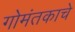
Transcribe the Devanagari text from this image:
गोमंतकाचे